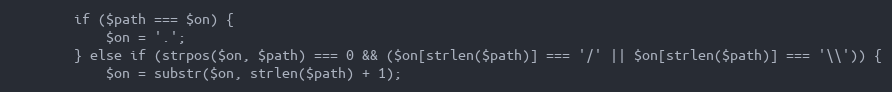
Language: PHP
        if ($path === $on) {
            $on = '.';
        } else if (strpos($on, $path) === 0 && ($on[strlen($path)] === '/' || $on[strlen($path)] === '\\')) {
            $on = substr($on, strlen($path) + 1);